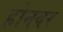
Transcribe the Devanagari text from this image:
होनवर